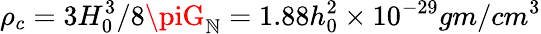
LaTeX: \rho_{c}=3H_{0}^{3}/8\piG_{\mathbb{N}}=1.88h_{0}^{2}\times10^{-29}gm/cm^{3}